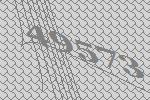
49573